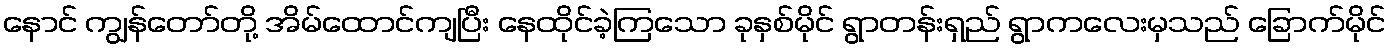
နောင် ကျွန်တော်တို့ အိမ်ထောင်ကျပြီး နေထိုင်ခဲ့ကြသော ခုနှစ်မိုင် ရွာတန်းရှည် ရွာကလေးမှသည် ခြောက်မိုင်